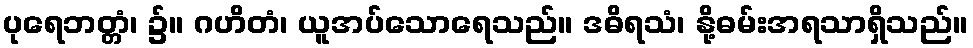
ပုရေဘတ္တံ၊ ၌။ ဂဟိတံ၊ ယူအပ်သောရေသည်။ ဒဓိရသံ၊ နို့ဓမ်းအရသာရှိသည်။